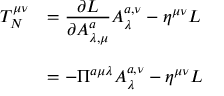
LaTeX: \begin{array} { l l } { { T _ { N } ^ { \mu \nu } } } & { { = \displaystyle { \frac { \partial { \cal L } } { \partial A _ { \lambda , \mu } ^ { a } } A _ { \lambda } ^ { a , \nu } - \eta ^ { \mu \nu } { \cal L } } } } \\ { { { } } } & { { { } } } \\ { { { } } } & { { = - \Pi ^ { a \mu \lambda } A _ { \lambda } ^ { a , \nu } - \eta ^ { \mu \nu } { \cal L } } } \end{array}